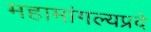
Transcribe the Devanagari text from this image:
महामांगल्यप्रदे